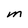
Character: m